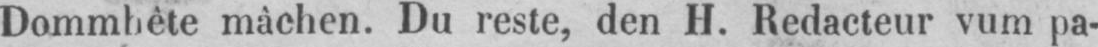
Dommhête mâchen. Du reste, den H. Redacteur vum pa-